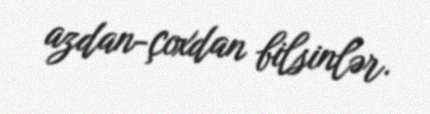
azdan-çoxdan bilsinlər.